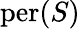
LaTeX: \mathrm{per}(S)